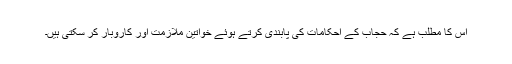
اس کا مطلب ہے کہ حجاب کے احکامات کی پابندی کرتے ہوئے خواتین ملازمت اور کاروبار کر سکتی ہیں۔